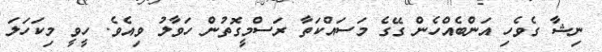
ނިޝާ ގެވެހި އަންބެއްހެން ގޭގެ މަސައްކަތާ ރަސްމީގޮތުން ހަވާލު ވިއެވެ. ހީވީ މިކަހަލަ